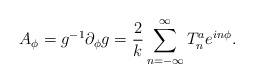
\begin{align*}A_\phi = g^{-1} \partial_\phi g = \frac{2}{k}\sum_{n=-\infty}^{\infty} T_n^a e^{in\phi}.\end{align*}